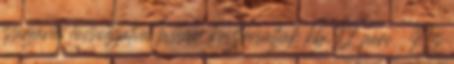
zsírjával locsolgatva lassan készresütjük kb. 12 perc . Az